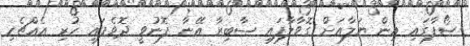
ސޯފާގައި އިން ޔަލާއަށް ގޮވާލާފައި ޞާބިރާ އޭނާ ފޮނުވީ ދޮވެފައި ހުރި އެއްޗެހި